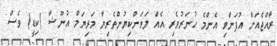
ރާއްޖެއަށް އުފަންވި އެންމެ ހުނަރުވެރި އެއް ލަވަންކިޔުންތެރިޔާ މަރިޔަމް އުނޫޝާ )ކިޑީ( ވެސް